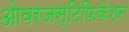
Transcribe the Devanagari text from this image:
ओवरजस्टिफिकेशन